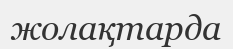
жолақтарда